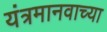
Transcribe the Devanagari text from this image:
यंत्रमानवाच्या